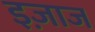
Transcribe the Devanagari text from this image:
इज़ाज